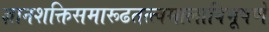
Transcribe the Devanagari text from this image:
ज्ञानशक्तिसमारूढतत्त्वमालाविभूषणे